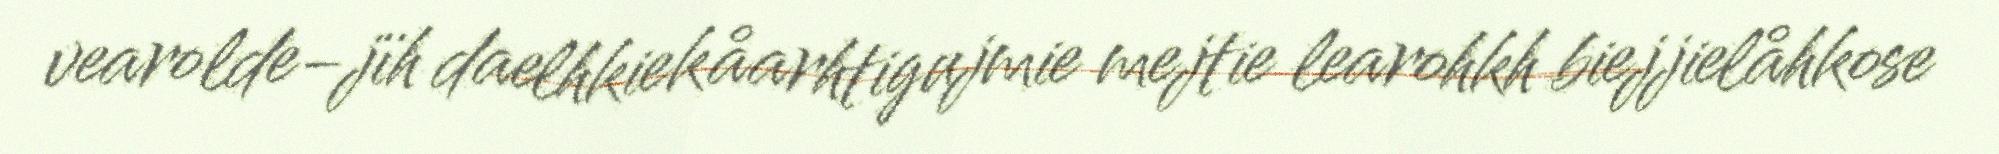
vearolde-jïh daelhkiekåarhtigujmie mejtie learohkh biejjielåhkose